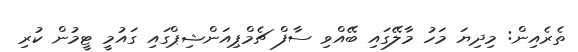
ތެރެއިން: މިދިޔަ މަހު މާލޭގައި ބޭއްވި ސާފް ޗެމްޕިއަންޝިޕްގައި ގައުމީ ޓީމުން ކުރި